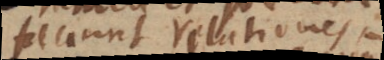
faciunt relationes,